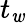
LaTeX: t_{\mathit{w}}